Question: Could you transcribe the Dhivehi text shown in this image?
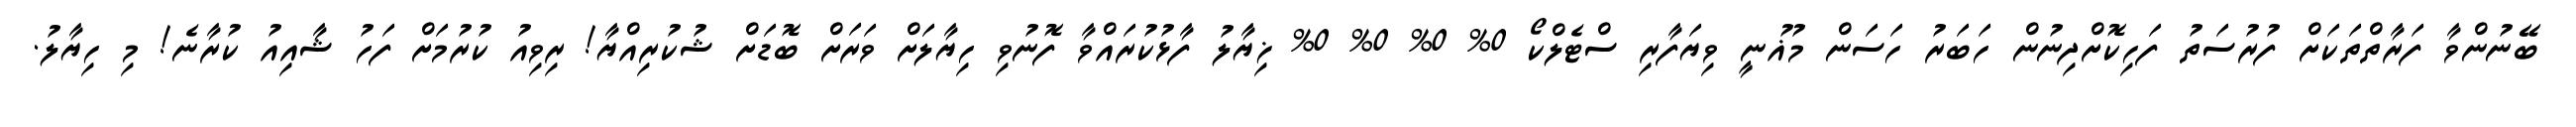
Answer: ބޭނުންވާ ފަރާތްތަކަށް ފުރުސަތު ފަހިކޮށްދިނުން ހަބަރު ހަސަން މުޣުނީ ވިޔަފާރި ސްޓެލްކޯ 0% 0% 0% 0% ޚިޔާލު ފާޅުކުރައްވާ ފޮނުވި ހިޔާލަށް ވަރަށް ބޮޑަށް ޝުކުރިއްޔާ! ރިވިއު ކުރުމަށް ފަހު ޝާއިއު ކުރާނެ! މި ހިޔާލު.